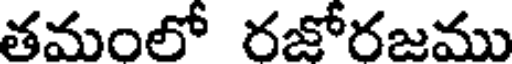
తమంలో రజోరజము